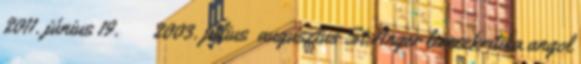
2011. június 19. ↑ 2003. július augusztus St.Anger lemezkritika angol